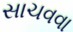
સાચવવા